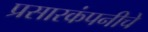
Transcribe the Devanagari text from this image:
प्रसारकंपनीचे